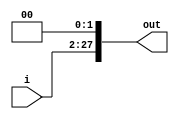
module shifter1(out, i);
input [25:0] i;
output [27:0] out;

reg [27:0] out;

always @(i)
begin
    out={i, 2'b00};
end
endmodule